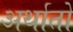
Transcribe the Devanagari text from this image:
अर्थातो